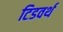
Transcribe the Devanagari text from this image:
टिडवर्थ